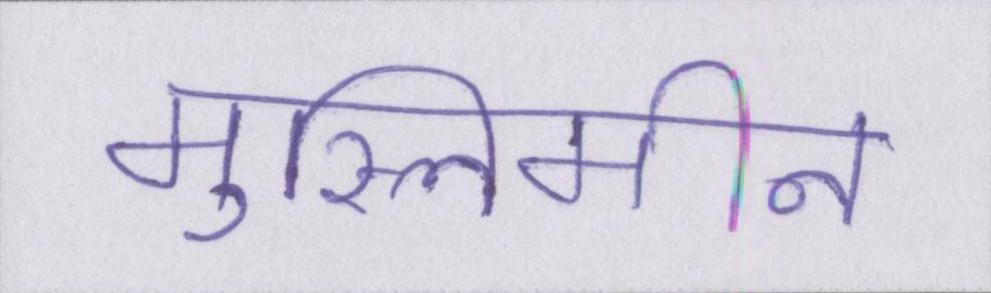
मुस्लिमीन